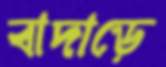
বাদাড়ে